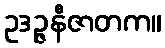
ဥဒဉ္ဇနီဇာတက။